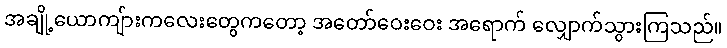
အချို့ယောကျ်ားကလေးတွေကတော့ အတော်ဝေးဝေး အရောက် လျှောက်သွားကြသည်။